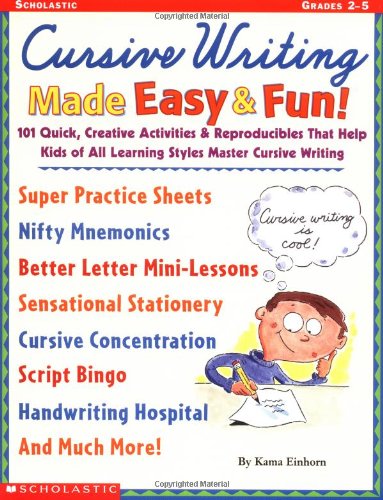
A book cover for Cursive Writing Made Easy & Fun!: 101 Quick, Creative Activities & Reproducibles That Help Kids of All Learning Styles master Cursive Writing; Kama Einhorn; Reference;